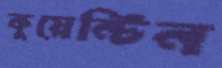
কুয়েন্টিন